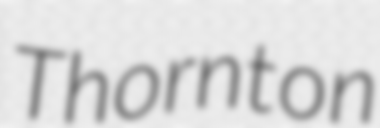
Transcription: Thornton